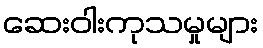
ဆေးဝါးကုသမှုများ